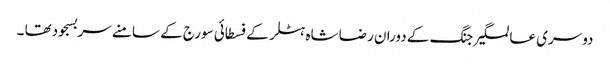
دوسری عالمگیر جنگ کے دوران رضا شاہ ہٹلر کے فسطائی سورج کے سامنے سربسجودتھا ۔